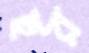
ছর